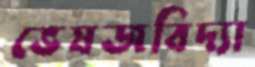
ভেষজবিদ্যা